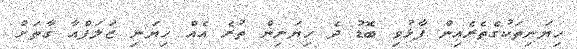
ހިޔަނިތަކުގެތެރެއިން ފާޅުވި ބޮޑު ދެ ހިޔަނިން ތުރެ އެއް ހިޔަނި ޒަލަފްއާ ގާތަށް